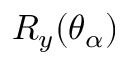
R _ { y } ( \theta _ { \alpha } )